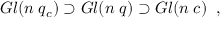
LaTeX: G l ( n \; q _ { c } ) \supset G l ( n \; q ) \supset G l ( n \; c ) \; \; ,